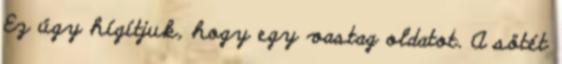
Ez úgy hígítjuk, hogy egy vastag oldatot. A sötét